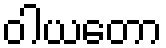
ဝါယတော